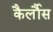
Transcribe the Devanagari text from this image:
कैर्लौस